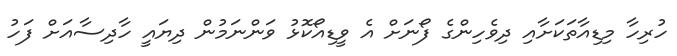
ހުރިހާ މިޑިއާތަކަށާއި ދިވެހިންގެ ފޯނަށް އެ ވީޑިއޯކޮޅު ވަންނަމުން ދިޔައީ ހާދިސާއަށް ފަހު